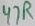
Text: 47R